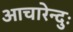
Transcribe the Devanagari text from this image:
आचारेन्दुः